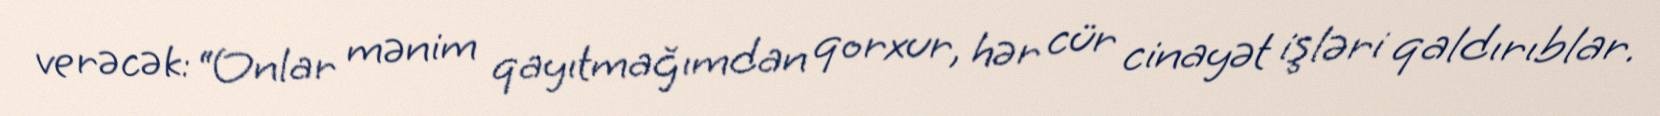
verəcək: “Onlar mənim qayıtmağımdan qorxur, hər cür cinayət işləri qaldırıblar.